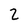
Character: z